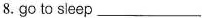
8. go to sleep ___